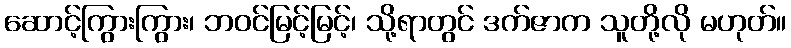
ဆောင့်ကြွားကြွား၊ ဘဝင်မြင့်မြင့်၊ သို့ရာတွင် ဒက်ဇာက သူတို့လို မဟုတ်။